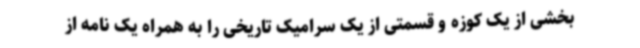
بخشی از یک کوزه و قسمتی از یک سرامیک تاریخی را به همراه یک نامه از